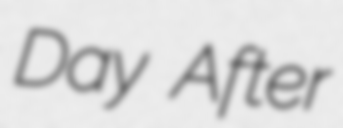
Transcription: Day After